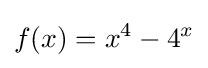
f(x)=x^{4}-4^{x}